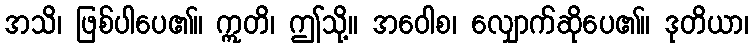
အသိ၊ ဖြစ်ပါပေ၏။ ဣတိ၊ ဤသို့။ အဝေါစ၊ လျှောက်ဆိုပေ၏။ ဒုတိယာ၊